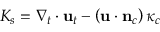
K _ { s } = \nabla _ { t } \cdot \mathbf { u } _ { t } - \left( \mathbf { u } \cdot \mathbf { n } _ { c } \right) \kappa _ { c }